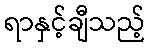
ရာနှင့်ချီသည့်